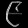
Digit: ၉